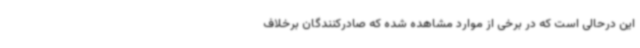
این درحالی است که در برخی از موارد مشاهده شده که صادرکنندگان برخلاف